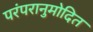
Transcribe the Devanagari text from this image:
परंपरानुमोदित